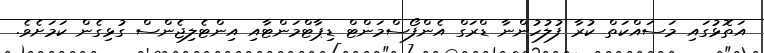
އަތޮޅުގައި މަސައްކަތް ކުރާ ފުލުހުންނާ ޑްރަގް އެންފޯސްމަންޓް ޑިޕާޓްމަންޓާއި އިންޓެލިޖެންސް ގުޅިގެން ކަމަށެވެ.